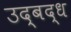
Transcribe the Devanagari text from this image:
उद्बद्ध